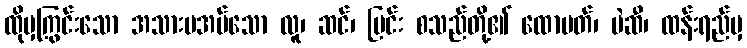
ထိုမှကြွင်းသော အသားမအပ်သော လူ၊ ဆင်၊ မြင်း စသည်တို့၏ ထောပတ်၊ ပဲဆီ၊ ထန်းရည်မှ